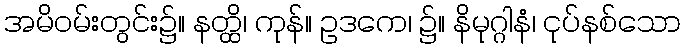
အမိဝမ်းတွင်း၌။ နတ္ထိ၊ ကုန်။ ဥဒကေ၊ ၌။ နိမုဂ္ဂါနံ၊ ငုပ်နစ်သော